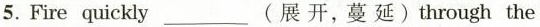
5.Fire quickly___(展开，蔓延)through the